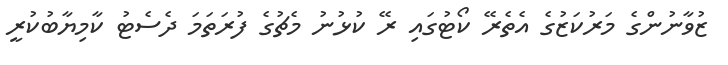
ޒުވާނުންގެ މަރުކަޒުގެ އެތެރޭ ކޯޓުގައި ރޭ ކުޅުނު މެޗުގެ ފުރަތަމަ ދެސެޓު ކާމިޔާބުކުރީ